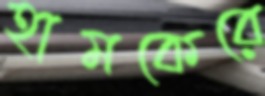
হামকেরে